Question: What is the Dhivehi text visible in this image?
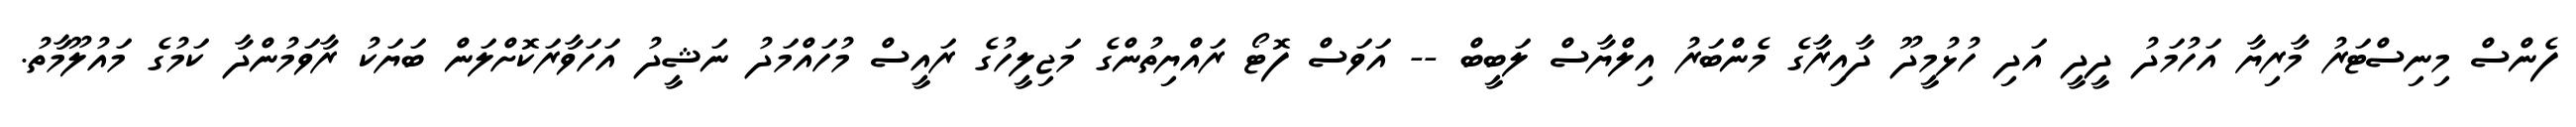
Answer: ފެންސް މިނިސްޓަރު މާރިޔާ އަހުމަދު ދީދީ އަދި ހުޅުމީދޫ ދާއިރާގެ މެންބަރު އިލްޔާސް ލަބީބް -- އަވަސް ފޮޓޯ ރައްޔިތުންގެ މަޖިލީހުގެ ރައީސް މުހައްމަދު ނަޝީދު އަހަވާރަކޮށްލަން ބަޔަކު ރާވަމުންދާ ކަމުގެ މައުލޫމާތު.